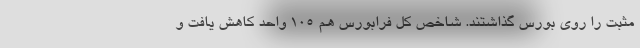
مثبت را روی بورس گذاشتند. شاخص کل فرابورس هم ۱۰۵ واحد کاهش یافت و